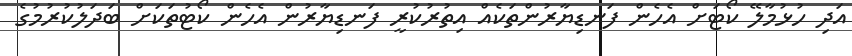
އަދި ހުޅުމާލޭ ކޯޓަށް އެހެން ފަނޑިޔާރުންތަކެއް އިތުރުކުރީ ފަނޑިޔާރުން އެހެން ކޯޓުތަކަށް ބަދަލުކުރުމުގެ